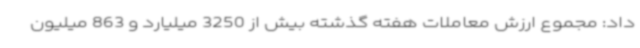
داد: مجموع ارزش معاملات هفته گذشته بیش از 3250 میلیارد و 863 میلیون